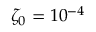
\zeta _ { 0 } = 1 0 ^ { - 4 }